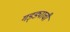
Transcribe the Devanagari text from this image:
गड्ड्याची